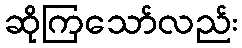
ဆိုကြသော်လည်း